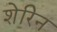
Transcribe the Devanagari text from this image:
शेरिन